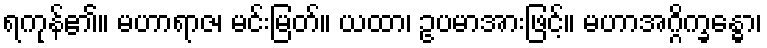
ရကုန်၏။ မဟာရာဇ၊ မင်းမြတ်။ ယထာ၊ ဥပမာအားဖြင့်။ မဟာအဂ္ဂိက္ခန္ဓော၊